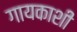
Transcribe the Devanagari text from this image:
गायकाशी